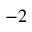
^ { - 2 }